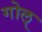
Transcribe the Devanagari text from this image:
गोल्